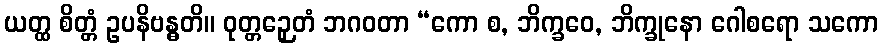
ယတ္ထ စိတ္တံ ဥပနိဗန္ဓတိ။ ဝုတ္တဉှေတံ ဘဂဝတာ “ကော စ, ဘိက္ခဝေ, ဘိက္ခုနော ဂေါစရော သကော